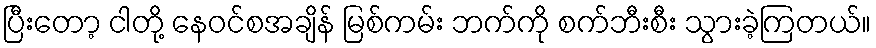
ပြီးတော့ ငါတို့ နေဝင်စအချိန် မြစ်ကမ်း ဘက်ကို စက်ဘီးစီး သွားခဲ့ကြတယ်။